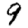
Digit: 9